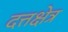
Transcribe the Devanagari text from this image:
दत्तक्षेत्र